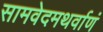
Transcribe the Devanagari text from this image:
सामवेदमथर्वाणं